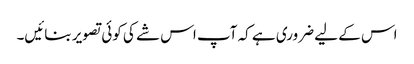
اس کے لیے ضروری ہے کہ آپ اس شے کی کوئی تصویر بنائیں۔